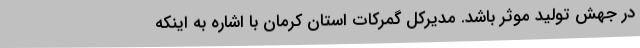
در جهش تولید موثر باشد. مدیرکل گمرکات استان کرمان با اشاره به اینکه